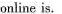
online is.